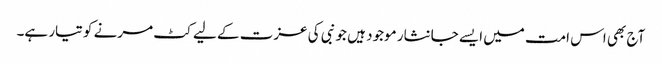
آج بھی اس امت میں ایسے جانثار موجود ہیں جو نبی کی عزت کے لیے کٹ مرنے کو تیار ہے۔